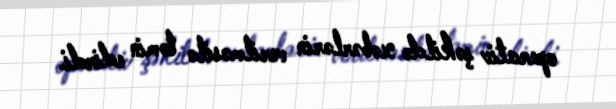
operativ şəkildə xəbərlərin verilməsilə təmin edirdi.